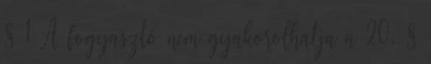
§ 1 A fogyasztó nem gyakorolhatja a 20. §